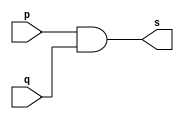
// Exemplo0003 - AND 
// Nome: Samuel Eusbio da Silva

// and gate 

	module andgate ( output s, input p, input q); 
	assign s = p & q; 
	endmodule //--andgate 
	
	// --------------------- 
	// -- test and gate 
	// --------------------- 
	
	module testandgate; 
	// ------------------------- dados locais 
	reg a, b; // definir registradores 
	wire s; // definir conexao (fio) 
	// ------------------------- instancia 
	andgate AND1 (s, a, b); 
	
	// ------------------------- preparacao 
	initial begin:start 
	//--atribuicao simultanea dos valores iniciais 
	a=0; b=0; 
	end 
	
	// ------------------------- parte principal 
	initial begin 
	$display("Exemplo0003 - Samuel Eusbio da Silva - 435055"); 
	$display("Test AND gate"); 
	$display("\na & b = s\n"); 
	a=0; b=0; 
	#1 $display("%b & %b = %b", a, b, s); 
	a=0; b=1; 
	#1 $display("%b & %b = %b", a, b, s); 
	a=1; b=0; 
	#1 $display("%b & %b = %b", a, b, s); 
	a=1; b=1; 
	#1 $display("%b & %b = %b", a, b, s); 
	end 
	endmodule //--testandgate